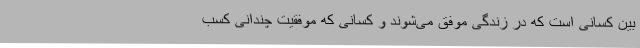
بین کسانی است که در زندگی موفق می‌شوند و کسانی که موفقیت چندانی کسب